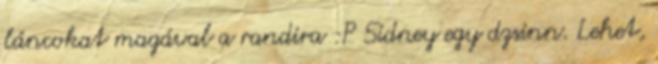
láncokat magával a randira :P Sidney egy dzsinn. Lehet,